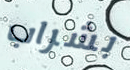
بشراب